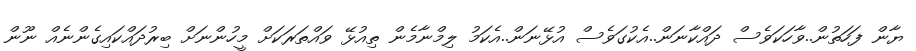
ޔާން ފަހަތުން..ވާހަކަވެސް ދައްކާނަން..އެކުގަވެސް އުޅޭނަން..އެކަމު ލިމްނާމެން ތިއުޅޭ ވައްތަރަކަށް މީހުންނަށް ބިރުދައްކައިގެންނެއް ނޫން